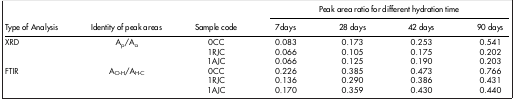
<table><thead><tr><td><b> </b></td><td><b> </b></td><td><b> </b></td><td colspan="4"><b>Peak area ratio for different hydration time</b></td></tr><tr><td><b>Type of Analysis</b></td><td><b>Identity of peak areas</b></td><td><b>Sample code</b></td><td><b>7days</b></td><td><b>28 days</b></td><td><b>42 days</b></td><td><b>90 days</b></td></tr></thead><tbody><tr><td>XRD</td><td>A<sub>p</sub>/A<sub>a</sub></td><td>0CC</td><td>0.083</td><td>0.173</td><td>0.253</td><td>0.541</td></tr><tr><td> </td><td> </td><td>1RJC</td><td>0.066</td><td>0.105</td><td>0.175</td><td>0.202</td></tr><tr><td> </td><td> </td><td>1AJC</td><td>0.066</td><td>0.125</td><td>0.190</td><td>0.203</td></tr><tr><td>FTIR</td><td>A<sub>O-H</sub>/A<sub>H-C</sub></td><td>0CC</td><td>0.226</td><td>0.385</td><td>0.473</td><td>0.766</td></tr><tr><td> </td><td> </td><td>1RJC</td><td>0.136</td><td>0.290</td><td>0.386</td><td>0.431</td></tr><tr><td> </td><td> </td><td>1AJC</td><td>0.170</td><td>0.359</td><td>0.430</td><td>0.440</td></tr></tbody></table>